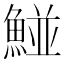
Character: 𩹁